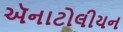
ઍનાટોલીયન